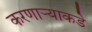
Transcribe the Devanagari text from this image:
करणाऱ्याकडे